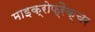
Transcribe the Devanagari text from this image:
माइक्रोफ्रैक्चर